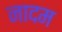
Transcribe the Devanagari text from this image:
नादम